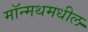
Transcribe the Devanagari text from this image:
मॉन्मथमधील